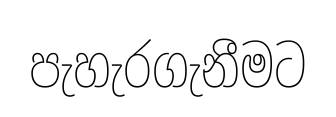
පැහැරගැනීමට